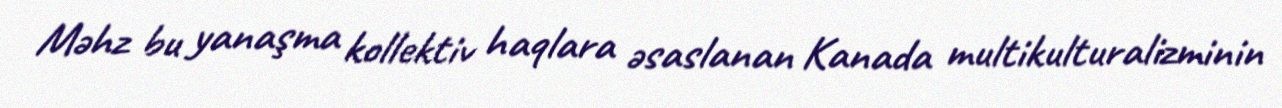
Məhz bu yanaşma kollektiv haqlara əsaslanan Kanada multikulturalizminin